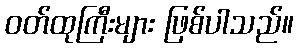
ဝတ်ထုကြီးများ ဖြစ်ပါသည်။